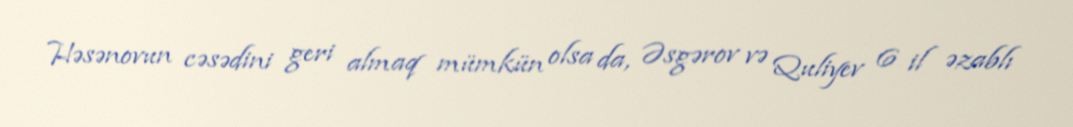
Həsənovun cəsədini geri almaq mümkün olsa da, Əsgərov və Quliyev 6 il əzablı